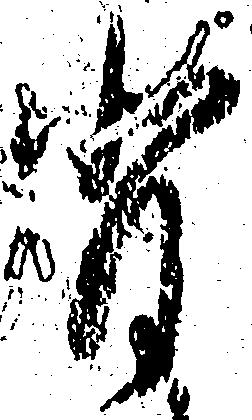
背